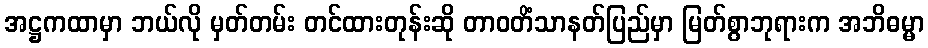
အဋ္ဌကထာမှာ ဘယ်လို မှတ်တမ်း တင်ထားတုန်းဆို တာဝတိံသာနတ်ပြည်မှာ မြတ်စွာဘုရားက အဘိဓမ္မာ